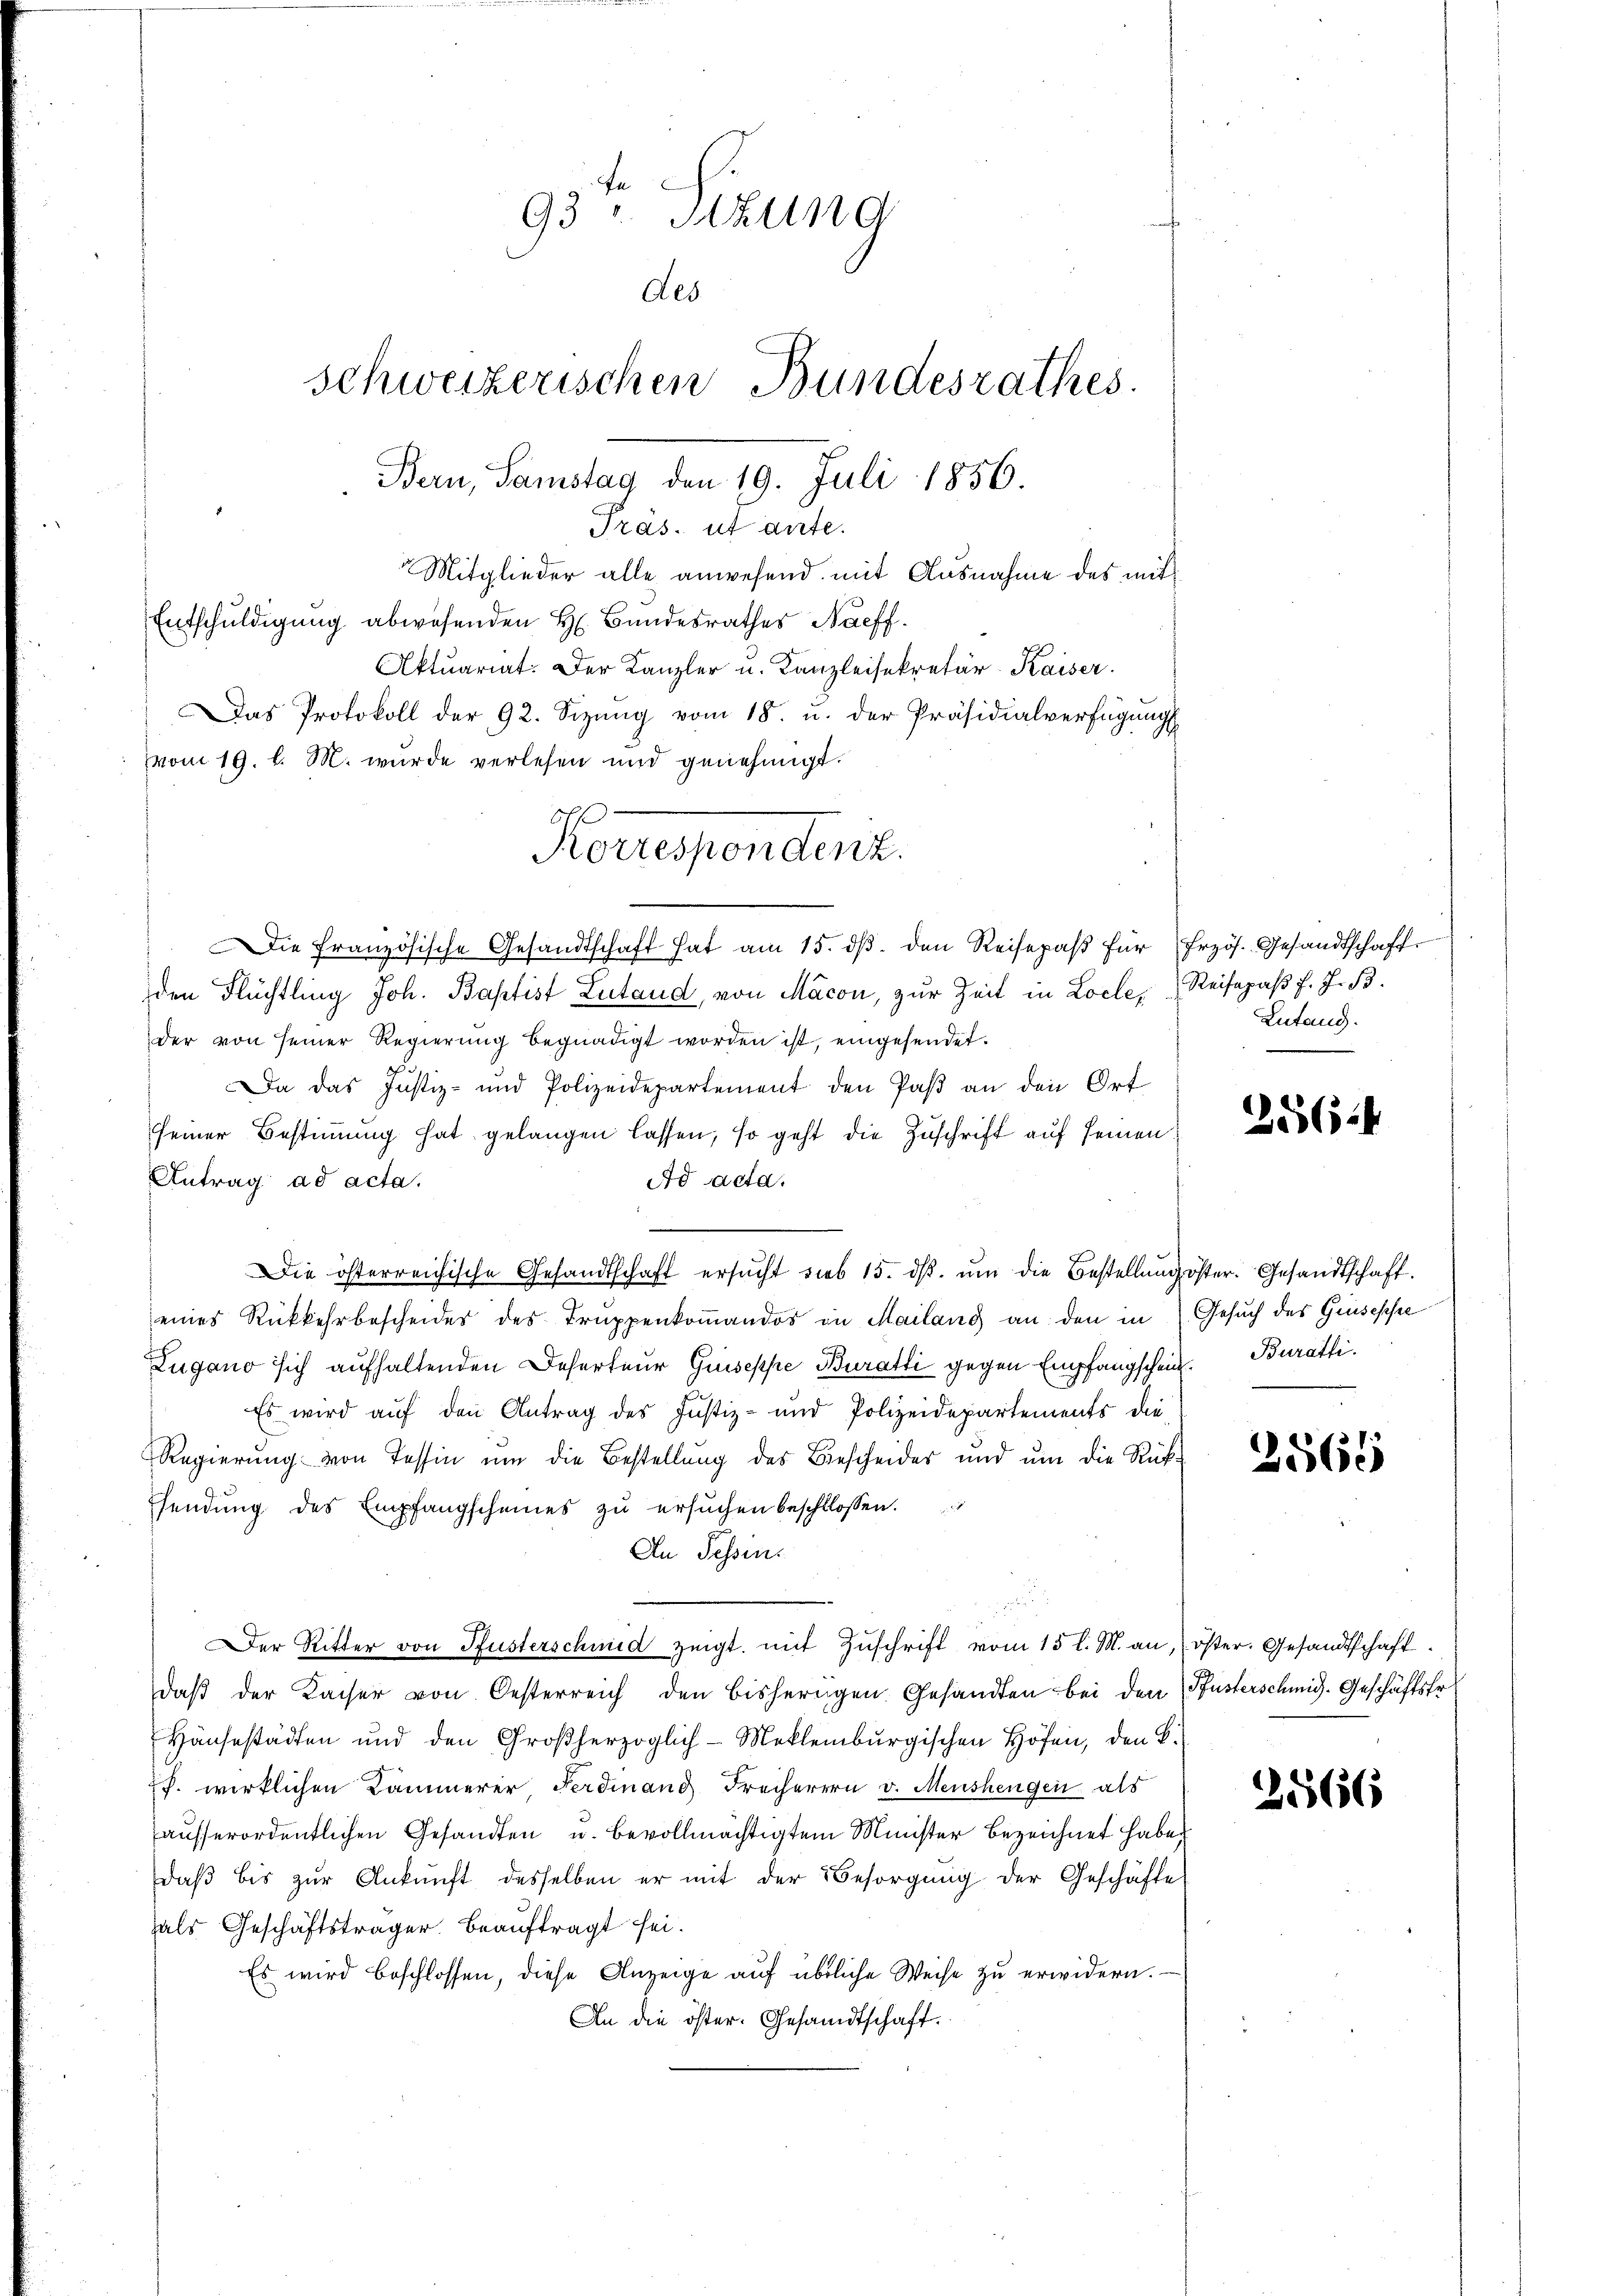
93 u. Stund
des
schweizerischen Bundesrathes.
Bern, Samstag den 19. Juli 1856.
Präs. ut ante.
Mitglieder alle anwesend mit Ausnahme des mit¬
Entschuldigung abwesenden H. Bundesrathes Naeff.
Aktuariat. Der Kanzler u. Kanzleisekretär-Kaiser.
Das Protokoll der 92. Sizŭng vom 18. u. der Präsidialverfügŭngs
vom 19. l. M. wurde verlesen und genehmigt.

Korrespendent.

Die französische Gesandtschaft hat am 15. dβ. den Reisepaβ für Frzös. Gesandtschaft
den Flüchtling Joh. Baptist Lutand, von Macon, zur Zeit in Locle, Reisepaβ f. J. B.
der von seiner Regierŭng begnadigt worden ist, eingesendet.
.
Da das Justiz- und Polizeidepartement den Paβ an den Ort
seiner Bestimmung hat gelangen lassen, so geht die Zuschrift auf seinen
Antrag ad acta.
Ad acta.

Die österreichische Gesandtschaft ersŭcht sieb 15. dβ. ŭm die Bestellŭng öster. Gesandtschaft.
eines Rückkehr bescheider des Truppenkoṁandos in Mailand an den in Gesuch des Gruseppe
Zugano sich aufhaltenden Deserteur Guseppe Buratti gegen Empfangschein. Burati¬
Es wird auf den Antrag des Justiz- und Polizeidepartements die-
Regierung von Tessin um die Bestellung des Bescheider und um die Rücksendung des Empfangscheines zu ersuchen beschlossen.
An Fessens
Der Ritter von Pfisterschmid zeigt mit Zŭschrift vom 15 l. M. an, öster. Gesandtschaft.
daβ der Kaiser von Oesterreich den bisherigen Gesandten bei den Pusterschmid. Geschäftsfr
Haŭsestädten und den Großherzoglich-Meklenburgischen Höfen, den B.
pf. wirklichen Kammerer Ferdinand Freiherren v. Menshengen als
ausserordentlichen Gesandten u. bevollmächtigten Minister bezeichnet haben
daβ bis zŭr Ankunft desselben er mit der Besorgŭng der Geschäfte
als Geschäftsträger beauftragt sei.
Es wird beschlossen, diese Anzeige auf übliche Weise zu erwidern.
An die öster. Gesandtschaft.

Lutand.

256:

2561

2566